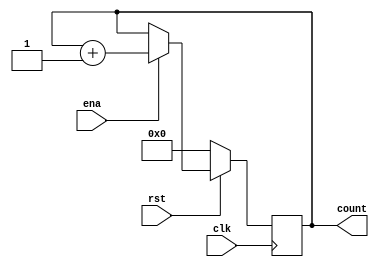
module Counter
		#(parameter BITS = 12)
(
input clk,								//clock input
input rst,								//active low reset
input ena, 								//active low enable
output reg [BITS-1:0] count				//counter output
);

always @ (negedge clk)
begin
	if (~rst)							//active low reset, set output to 0
		count <= 1'b0; 
	else if (~ena)						//active low enable, if it is not active, hold the count
		count <= count;
	else
		count <= count + 1'b1; 			//if enable and reset are both not active, add one to counter

end
endmodule